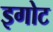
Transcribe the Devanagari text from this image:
इगोट